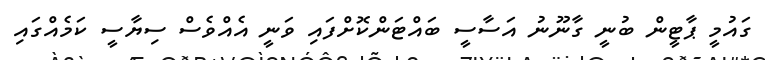
ގައުމީ ޕާޓީން ބުނީ ގާނޫނު އަސާސީ ބައްޓަންކޮށްފައި ވަނީ އެއްވެސް ސިޔާސީ ކަމެއްގައި